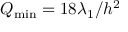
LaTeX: Q _ { \operatorname* { m i n } } = 1 8 \lambda _ { 1 } / h ^ { 2 }